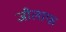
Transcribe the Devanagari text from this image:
जीलाफ